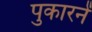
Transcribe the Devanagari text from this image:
पुकारनें